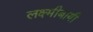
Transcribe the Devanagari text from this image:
लक्ष्मीबायी